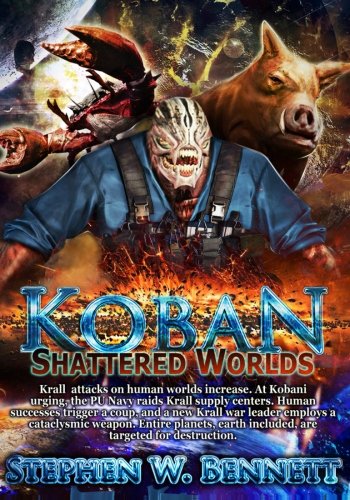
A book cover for Koban: Shattered Worlds (Volume 4); Stephen W Bennett; Science Fiction & Fantasy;